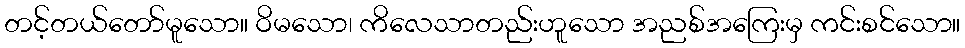
တင့်တယ်တော်မူသော။ ဝိမသော၊ ကိလေသာတည်းဟူသော အညစ်အကြေးမှ ကင်းစင်သော။